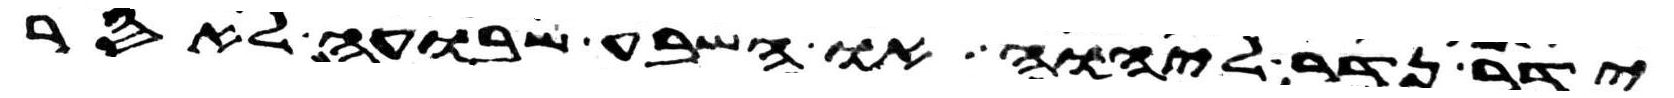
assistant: ידר נדר ליהוה או השבע שבועה לאסר